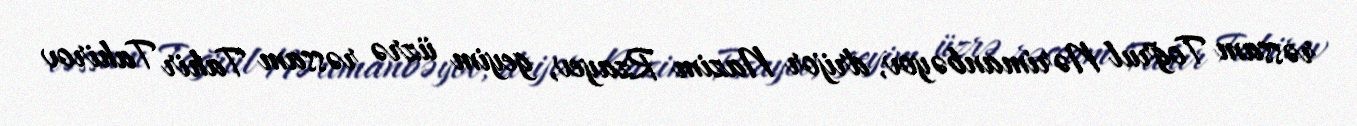
rəssam Toğrul Nərimanbəyov, drijor Nazim Rzayev, geyim üzrə rəssam Tahir Tahirov